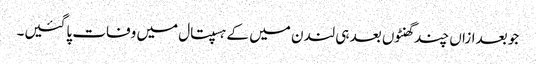
جو بعدازاں چند گھنٹوں بعد ہی لندن میں کے ہسپتال میں وفات پاگئیں۔